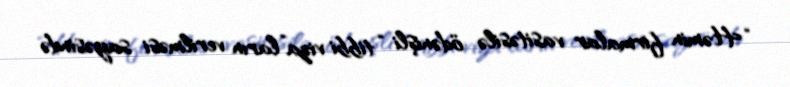
“Həmin firmalar vasitəsilə ödənişli “tibbi viza”ların verilməsi sayəsində